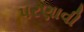
પરણાવી